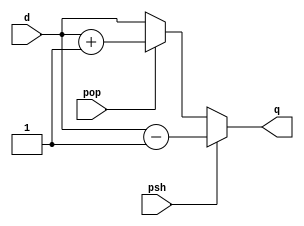
`timescale 1ns / 1ps
//////////////////////////////////////////////////////////////////////////////////
// Team: 
// Member: 
// 
// Module Name:    Control_Unit 
// Project Name:   Pocket_Calculator_Processor
//
// Additional Comments: 
//
//////////////////////////////////////////////////////////////////////////////////

module stackpointer #(parameter N=9)(
    input psh, pop,
    input [N-1:0] d,
    output [N-1:0] q 
);

/*
always @(posedge clk) begin
	if(psh)
		q <= d - 1;
	else if(pop)
		q <= d + 1;
end */

assign q = psh ? (d - 1) : ( pop ? (d + 1) : d);

endmodule